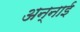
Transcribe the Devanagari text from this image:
अन्नाई